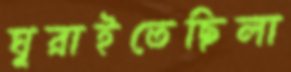
ঘুরাইতেছিলা